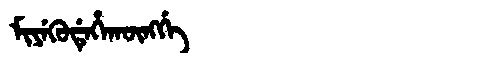
Manchu: ᠮᡳᠶᡝᡴᡠᡩᡝᡥᠠᡴᡡᠩᡤᡝ
Romanization: MIYEKUDEHAKŪNGGE